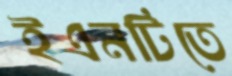
ইএনটিতে